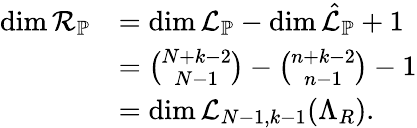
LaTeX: \begin{array}{rl}{\dim\mathcal{R}_{\mathbb{P}}}&{=\dim{\mathcal{L}}_{\mathbb{P}}-\dim\hat{\mathcal{L}}_{\mathbb{P}}+1}\\ &{={\binom{N+k-2}{N-1}}-{\binom{n+k-2}{n-1}}-1}\\ &{=\dim\mathcal{L}_{N-1,k-1}(\Lambda_{R}).}\end{array}